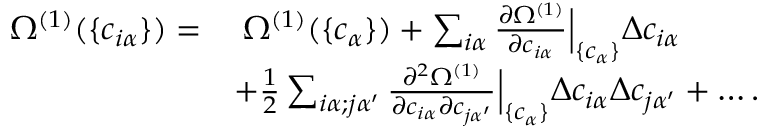
\begin{array} { r l } { \Omega ^ { ( 1 ) } ( \{ c _ { i \alpha } \} ) = } & { \; \Omega ^ { ( 1 ) } ( \{ c _ { \alpha } \} ) + \sum _ { i \alpha } \frac { \partial \Omega ^ { ( 1 ) } } { \partial c _ { i \alpha } } \Big \vert _ { \{ c _ { \alpha } \} } \Delta c _ { i \alpha } } \\ & { + \frac { 1 } { 2 } \sum _ { i \alpha ; j \alpha ^ { \prime } } \frac { \partial ^ { 2 } \Omega ^ { ( 1 ) } } { \partial c _ { i \alpha } \partial c _ { j \alpha ^ { \prime } } } \Big \vert _ { \{ c _ { \alpha } \} } \Delta c _ { i \alpha } \Delta c _ { j \alpha ^ { \prime } } + \dots . } \end{array}